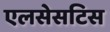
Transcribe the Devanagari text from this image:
एलसेसटिस